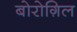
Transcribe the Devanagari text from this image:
बोरोग़िल